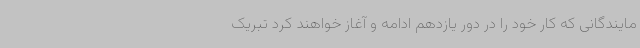
مایندگانی که کار خود را در دور یازدهم ادامه و آغاز خواهند کرد تبریک